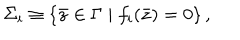
\Sigma _ { i } \equiv \left\{ \bar { z } \in \Gamma \mid f _ { i } ( \bar { z } ) = 0 \right\} ,